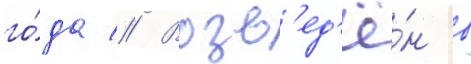
го́да // Возв'ед'ё́н в